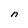
Character: n